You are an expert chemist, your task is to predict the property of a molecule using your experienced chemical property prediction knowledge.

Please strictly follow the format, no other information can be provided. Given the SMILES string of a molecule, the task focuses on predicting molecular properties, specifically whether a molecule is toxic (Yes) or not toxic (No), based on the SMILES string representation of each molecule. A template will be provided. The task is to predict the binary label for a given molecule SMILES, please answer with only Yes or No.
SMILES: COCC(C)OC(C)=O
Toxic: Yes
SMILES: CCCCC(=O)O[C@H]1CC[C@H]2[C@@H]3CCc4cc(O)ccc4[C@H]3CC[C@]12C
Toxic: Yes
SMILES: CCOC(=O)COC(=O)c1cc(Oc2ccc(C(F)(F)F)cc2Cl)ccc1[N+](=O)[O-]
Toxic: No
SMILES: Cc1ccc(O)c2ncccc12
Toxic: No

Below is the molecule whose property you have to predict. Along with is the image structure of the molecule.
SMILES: CN(C)C(=O)Nc1ccc(Cl)cc1
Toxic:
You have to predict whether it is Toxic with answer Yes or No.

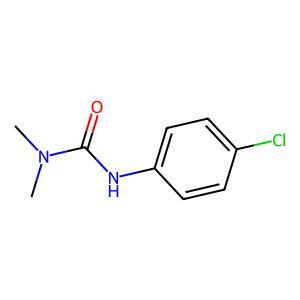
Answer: No